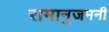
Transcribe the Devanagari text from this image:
रामानुजमनी